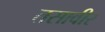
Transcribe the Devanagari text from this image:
तसावीर